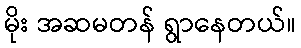
မိုး အဆမတန် ရွာနေတယ်။